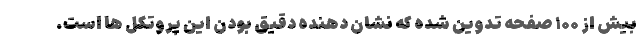
بیش از ۱۰۰ صفحه تدوین شده که نشان دهنده دقیق بودن این پروتکل ها است.